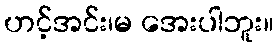
ဟင့်အင်း၊မ အေးပါဘူး။